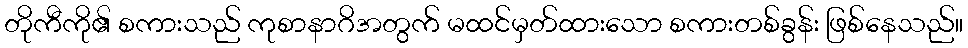
တိုကီကို၏ စကားသည် ကုစာနာဂိအတွက် မထင်မှတ်ထားသော စကားတစ်ခွန်း ဖြစ်နေသည်။